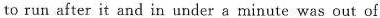
to run after it and in under a minute was out of